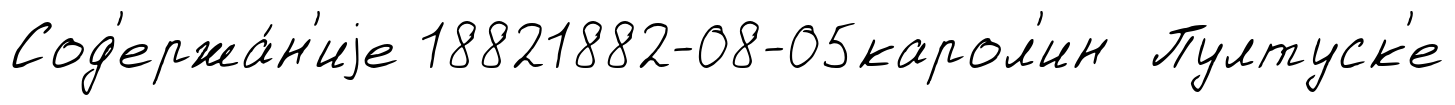
Сод'ержа́н'иjе 18821882-08-05карол'ин Пултуск'е